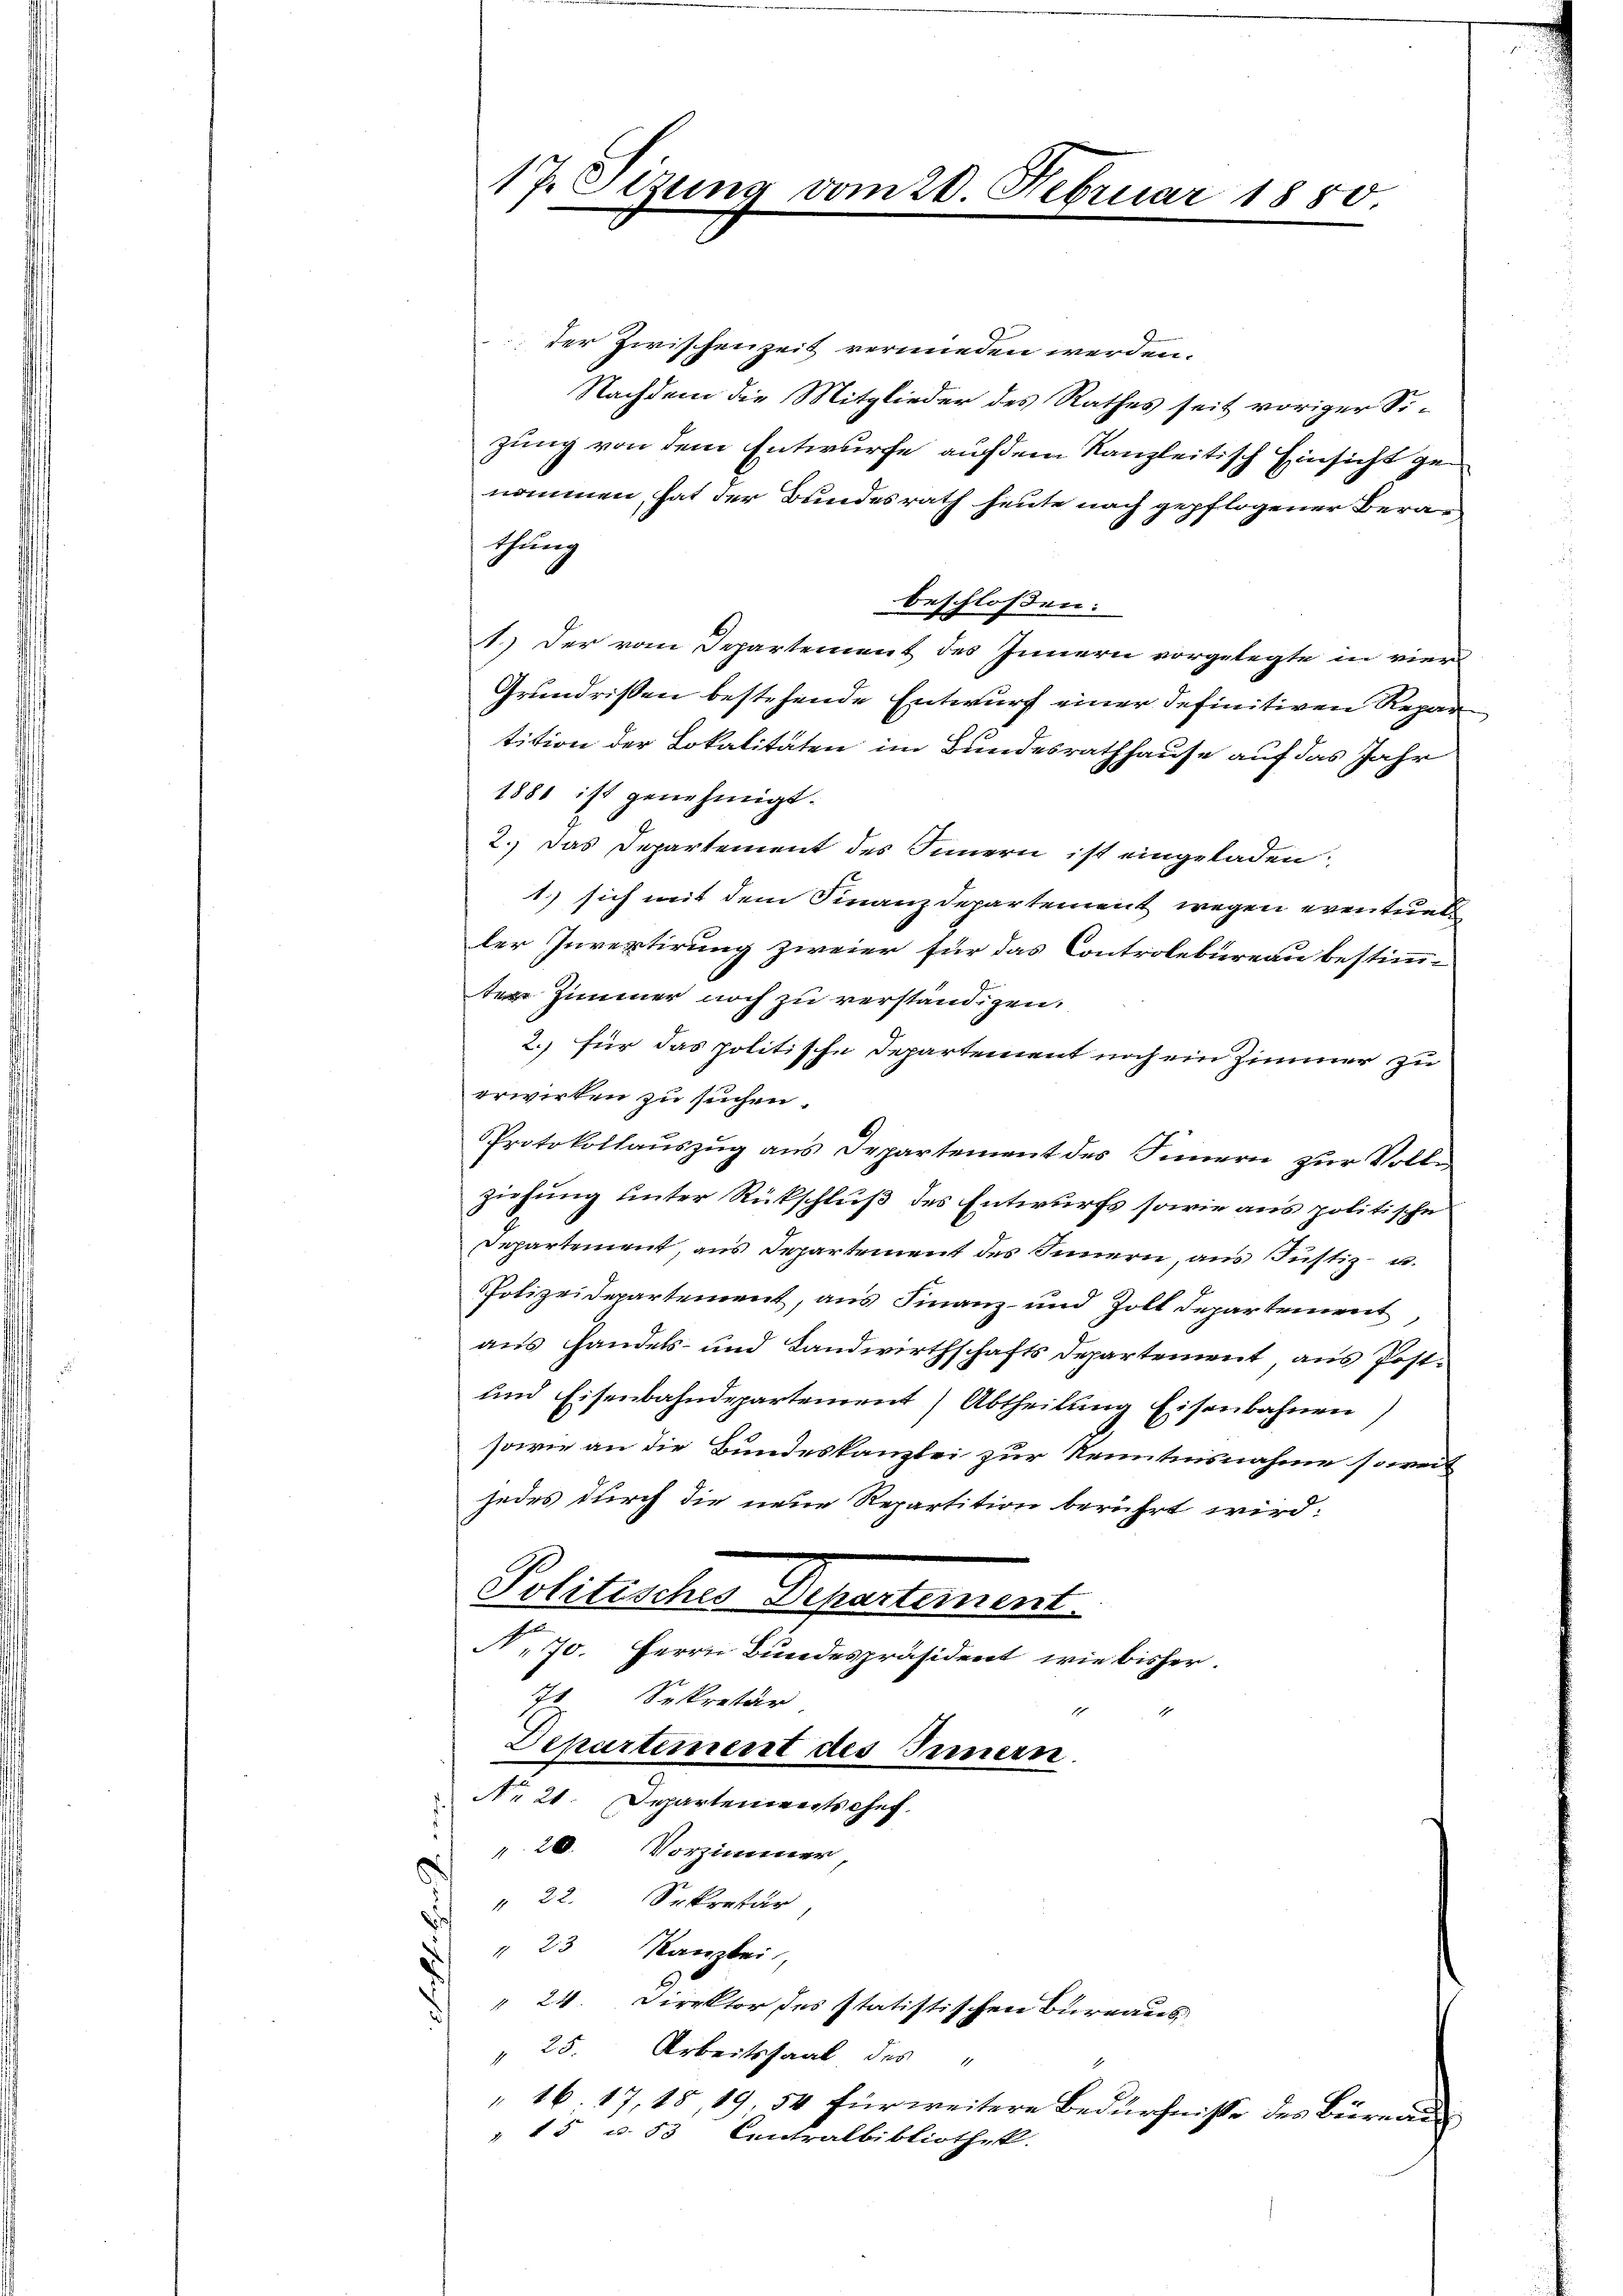
¬

der Zwischenzeit vermieden werden.
Nachdem die Mitglieder des Rathes seit voriger Sizung von dem Entwurfe auf dem Kanzleitisch Einsicht genommen, hat der Bundesrath heute nach gepflogener Berathung
beschlossen:
1.) Der vom Departement des Innern vorgelegte in vier
Grundrissen bestehende Entwurf einer definitiven Repar
tition der Lokalitäten im Bundesrathhause auf das Jahr
1880 ist genehmigt.
2.) Das Departement des Innern ist eingeladen
1. sich mit dem Finanzdepartement wegen eventuel
ler Invertirung zweier für das Controlebureau bestimm-
ter Zimmer noch zu verständigen.
2. für das politische Departement noch ein Zimmer zu
erwirken zu suchen.
Protokollauszug aus Departement des Innern zur Vollziehung unter Rückschluß des Entwurfs sowie aus politische
Departement, aus Departement des Innern, aus Justiz- u.
PPolizeidepartement, aus Finanz- und Zoll Departement,
aus Handels- und Landwirthschafts Departement, aus Post¬
und Eisenbahndepartement Abtheilung Eisenbahnen,
sowie an die Bundeskanzlei zur Kenntnisnahme soweit
jedes durch die neue Repartition berührt wird.
Politisches Departement
N.70. Herrn Bundespräsident, wie bisher.
7 Sekretär,
Departement des Innern.
Nr 21. Departenwirtschef.
20. Vorzimmer,
" 22. Sekretär
" 23 Kanzlei,
" 24. Direktor des statistischen Bureaus
" 25. Arbeitssaal des
 16. 17, 18, 19 54 für weitere Bedürfnisse des Büreau
" 15 u. 53 Centralbibliothek.

17. Sitzung vom 20. Februar 1850.